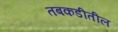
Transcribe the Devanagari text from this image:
तबकडीतील